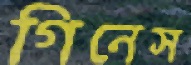
গিনেস